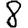
Digit: 8